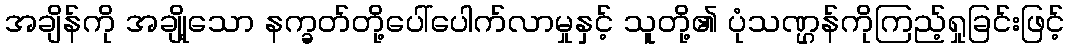
အချိန်ကို အချို့သော နက္ခတ်တို့ပေါ်ပေါက်လာမှုနှင့် သူတို့၏ ပုံသဏ္ဌန်ကိုကြည့်ရှုခြင်းဖြင့်